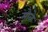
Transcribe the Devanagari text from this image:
मोळे